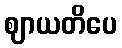
ဈာယတိပေ